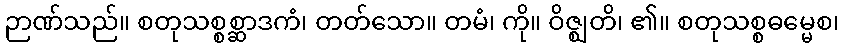
ဉာဏ်သည်။ စတုသစ္စစ္ဆာဒကံ၊ တတ်သော။ တမံ၊ ကို။ ဝိဇ္ဈတိ၊ ၏။ စတုသစ္စဓမ္မေစ၊